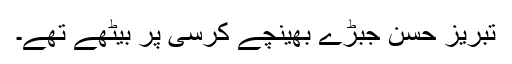
تبریز حسن جبڑے بھینچے کرسی پر بیٹھے تھے۔